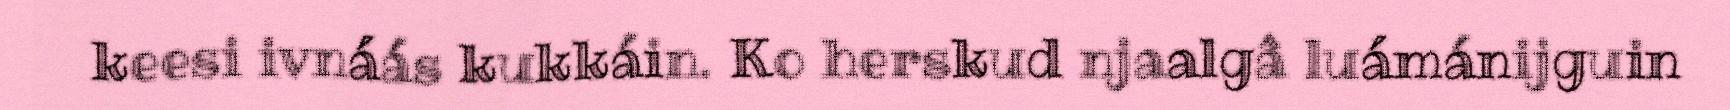
keesi ivnáás kukkáin. Ko herskud njaalgâ luámánijguin